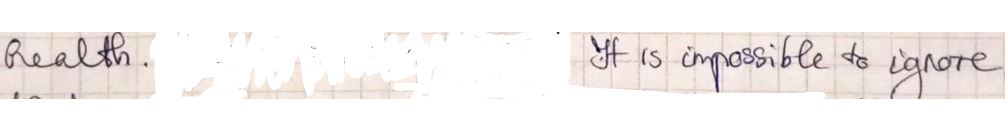
Realth It is impossible to ignore